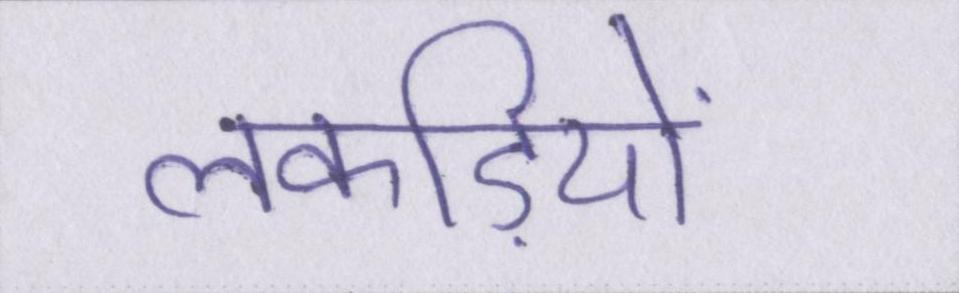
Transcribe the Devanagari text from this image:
लकड़ियों